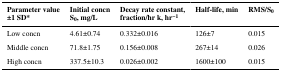
<table><thead><tr><td><b>Parameter value±1 SD*</b></td><td><b>Initial concnS<sub>0</sub>, mg/L</b></td><td><b>Decay rate constant,fraction/hr k, hr<sup>−1</sup></b></td><td><b>Half-life, min</b></td><td><b>RMS/S<sub>0</sub></b></td></tr></thead><tbody><tr><td>Low concn</td><td>4.61±0.74</td><td>0.332±0.016</td><td>126±7</td><td>0.015</td></tr><tr><td>Middle concn</td><td>71.8±1.75</td><td>0.156±0.008</td><td>267±14</td><td>0.026</td></tr><tr><td>High concn</td><td>337.5±10.3</td><td>0.026±0.002</td><td>1600±100</td><td>0.015</td></tr></tbody></table>